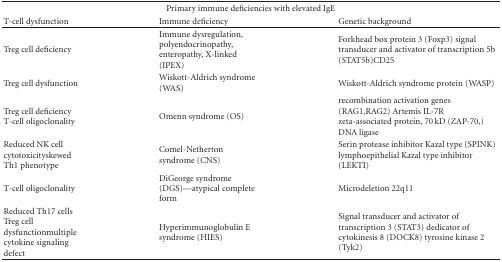
<table><thead><tr><td colspan="3"><b>Primary immune deficiencies with elevated IgE</b></td></tr><tr><td><b>T-cell dysfunction</b></td><td><b>Immune deficiency</b></td><td><b>Genetic background</b></td></tr></thead><tbody><tr><td>Treg cell deficiency</td><td>Immune dysregulation, polyendocrinopathy, enteropathy, X-linked (IPEX)</td><td>Forkhead box protein 3 (Foxp3) signal transducer and activator of transcription 5b (STAT5b)CD25</td></tr><tr><td>Treg cell dysfunction</td><td>Wiskott-Aldrich syndrome (WAS)</td><td>Wiskott-Aldrich syndrome protein (WASP)</td></tr><tr><td>Treg cell deficiency T-cell oligoclonality</td><td>Omenn syndrome (OS)</td><td>recombination activation genes (RAG1,RAG2) Artemis IL-7R zeta-associated protein, 70 kD (ZAP-70,) DNA ligase</td></tr><tr><td>Reduced NK cell cytotoxicityskewed Th1 phenotype</td><td>Comel-Netherton syndrome (CNS)</td><td>Serin protease inhibitor Kazal type (SPINK) lymphoepithelial Kazal type inhibitor (LEKTI)</td></tr><tr><td>T-cell oligoclonality</td><td>DiGeorge syndrome (DGS)—atypical complete form</td><td>Microdeletion 22q11</td></tr><tr><td>Reduced Th17 cells Treg cell dysfunctionmultiple cytokine signaling defect</td><td>Hyperimmunoglobulin E syndrome (HIES)</td><td>Signal transducer and activator of transcription 3 (STAT3) dedicator of cytokinesis 8 (DOCK8) tyrosine kinase 2 (Tyk2)</td></tr></tbody></table>